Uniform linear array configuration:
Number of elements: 32
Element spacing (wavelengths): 0.25
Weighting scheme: uniform
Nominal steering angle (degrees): -30
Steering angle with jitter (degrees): -31.481
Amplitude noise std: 0.05
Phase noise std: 0.05

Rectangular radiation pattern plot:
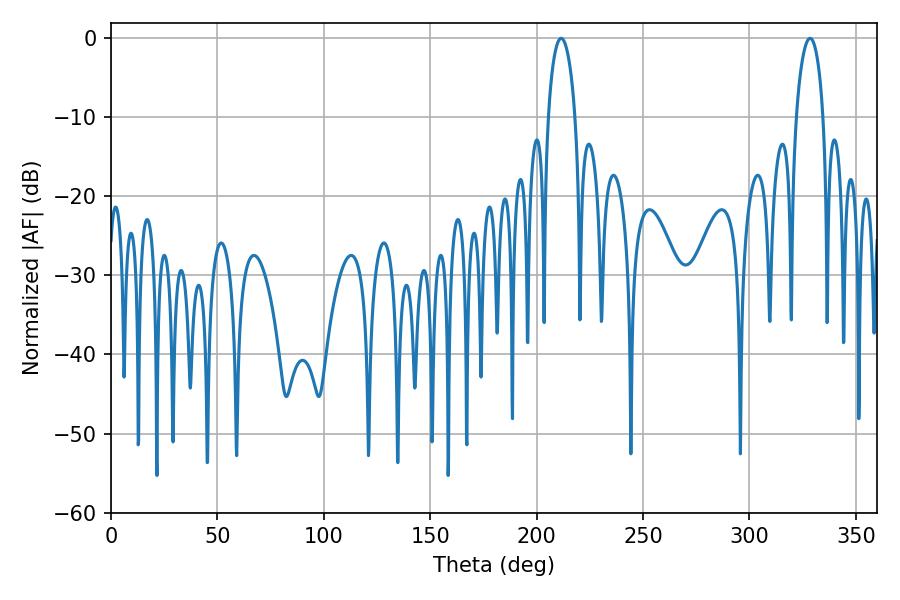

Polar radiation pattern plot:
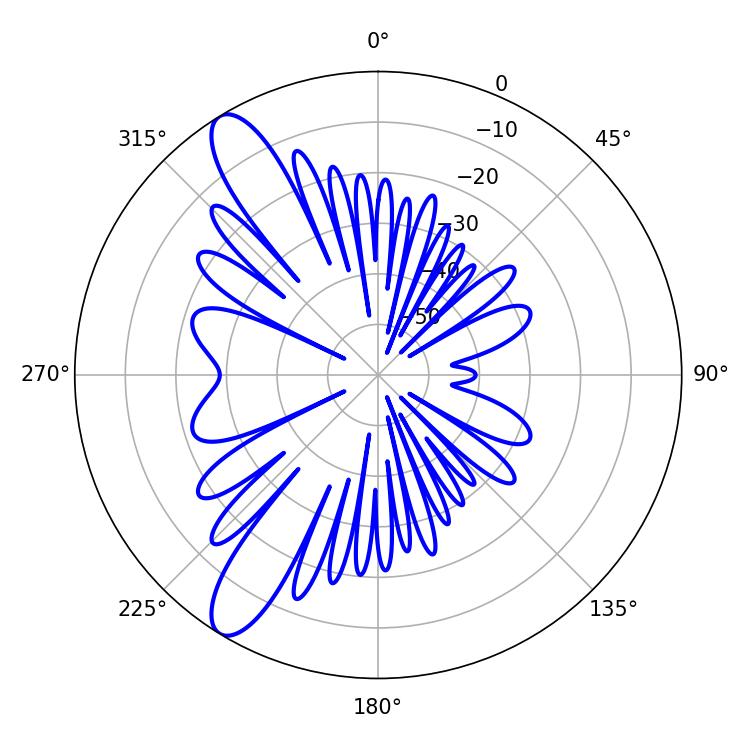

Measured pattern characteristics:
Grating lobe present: FALSE
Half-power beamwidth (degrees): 7.38
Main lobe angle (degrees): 211.5